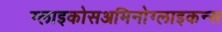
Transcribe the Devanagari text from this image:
ग्लाइकोसअमिनोग्लाइकन्स